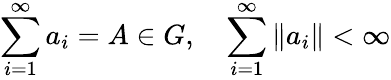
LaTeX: \sum_{i=1}^{\infty}a_{i}=A\in G,\quad\sum_{i=1}^{\infty}\| a_{i}\| <\infty